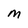
Character: M